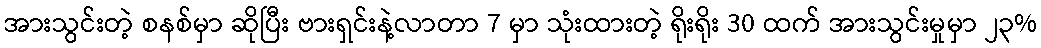
အားသွင်းတဲ့ စနစ်မှာ ဆိုပြီး ဗားရှင်းနဲ့လာတာ 7 မှာ သုံးထားတဲ့ ရိုးရိုး 30 ထက် အားသွင်းမှုမှာ ၂၃%